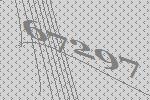
67297